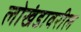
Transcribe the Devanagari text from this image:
लोखंडावरील